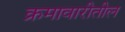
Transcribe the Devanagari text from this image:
क्रमावारीतील